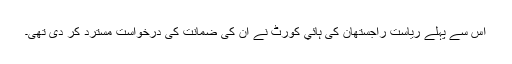
اس سے پہلے ریاست راجستھان کی ہائي کورٹ نے ان کی ضمانت کی درخواست مسترد کر دی تھی۔